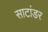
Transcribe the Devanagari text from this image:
साटांडर